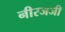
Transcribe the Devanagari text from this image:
नीरजजी